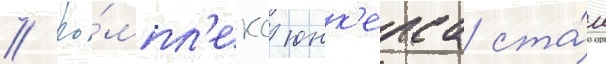
// Ко́мпл'екс юнк'ерса ста́л